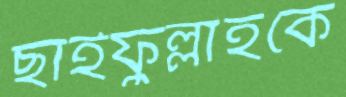
ছাইফুল্লাহকে